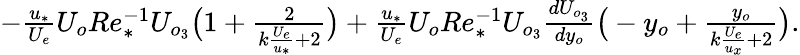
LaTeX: \begin{array}{r}{-\frac{u_{*}}{U_{e}}U_{o}Re_{*}^{-1}U_{o_{3}}\big(1+\frac{2}{k\frac{U_{e}}{u_{*}}+2}\big)+\frac{u_{*}}{U_{e}}U_{o}Re_{*}^{-1}U_{o_{3}}\frac{dU_{o_{3}}}{dy_{o}}\big(-y_{o}+\frac{y_{o}}{k\frac{U_{e}}{u_{x}}+2}\big).}\end{array}